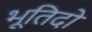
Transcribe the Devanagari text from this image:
भूतिदो